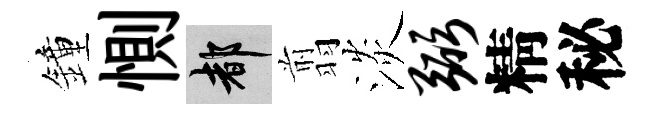
鐘惻都翦淡弼精秘